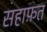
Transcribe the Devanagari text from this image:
सहाफ़त